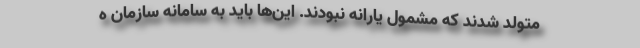
متولد شدند که مشمول یارانه نبودند. این‌ها باید به سامانه سازمان ه